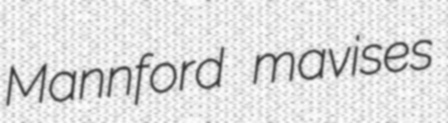
Mannford mavises